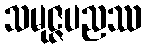
သမုဇ္ဇပညဿ